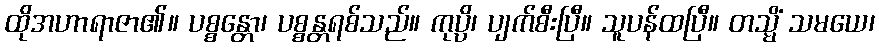
ထိုအဟာရာဇာ၏။ ပစ္စန္တော၊ ပစ္စန္တရစ်သည်။ ကုပ္ပိ၊ ပျက်စီးပြီ။ သူပန်ထပြီ။ တသ္မိံ သမယေ၊